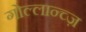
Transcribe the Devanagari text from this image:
गोल्लान्च्ज़